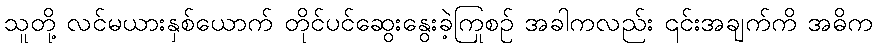
သူတို့ လင်မယားနှစ်ယောက် တိုင်ပင်ဆွေးနွေးခဲ့ကြစဉ် အခါကလည်း ၎င်းအချက်ကို အဓိက